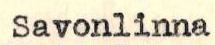
Savonlinna